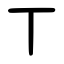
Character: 丅